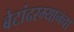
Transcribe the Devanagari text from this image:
बेटांदरम्यानचा